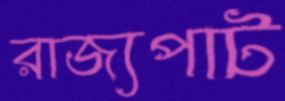
রাজ্যপাট